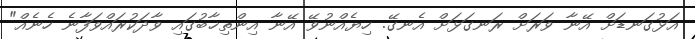
އަޅުގަނޑަށް އޭނާ ވަރަށް ރަނގަޅަށް އެނގޭ. ހިޔެއްނުވޭ އޭނާ އިންތިޚާބުގައި ވާދަކުރައްވަފާނެ ހެނެއް"